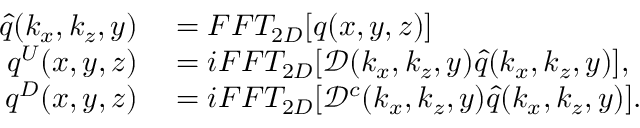
\begin{array} { r l } { \hat { q } ( k _ { x } , k _ { z } , y ) } & { { } = F F T _ { 2 D } [ q ( x , y , z ) ] } \\ { q ^ { U } ( x , y , z ) } & { { } = i F F T _ { 2 D } [ \mathcal { D } ( k _ { x } , k _ { z } , y ) \hat { q } ( k _ { x } , k _ { z } , y ) ] , } \\ { q ^ { D } ( x , y , z ) } & { { } = i F F T _ { 2 D } [ \mathcal { D } ^ { c } ( k _ { x } , k _ { z } , y ) \hat { q } ( k _ { x } , k _ { z } , y ) ] . } \end{array}